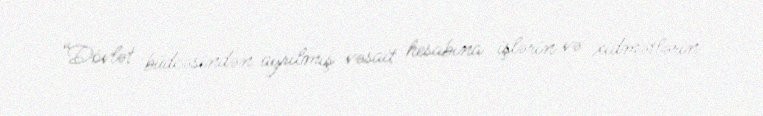
“Dövlət büdcəsindən ayrılmış vəsait hesabına işlərin və xidmətlərin